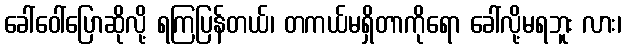
ခေါ်ဝေါ်ပြောဆိုလို့ ရကြပြန်တယ်၊ တကယ်မရှိတာကိုရော ခေါ်လို့မရဘူး လား၊